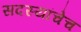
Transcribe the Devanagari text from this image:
सदस्यांचेच